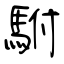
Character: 駙